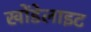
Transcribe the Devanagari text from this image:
खोंडेलाइट